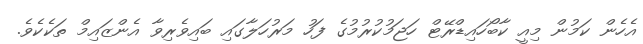
އެހެން ކަމުން މިއީ ކާބޯހައިޑްރޭޓް ހަޖަމުކުރުމުގެ ފަހު މަރުހަލާގައި ބައިވެރިވާ އެންޒައިމް ތަކެކެވެ.